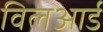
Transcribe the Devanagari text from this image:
विलआर्ड